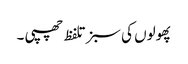
پھولوں کی سبز تلفظ چھپی ۔